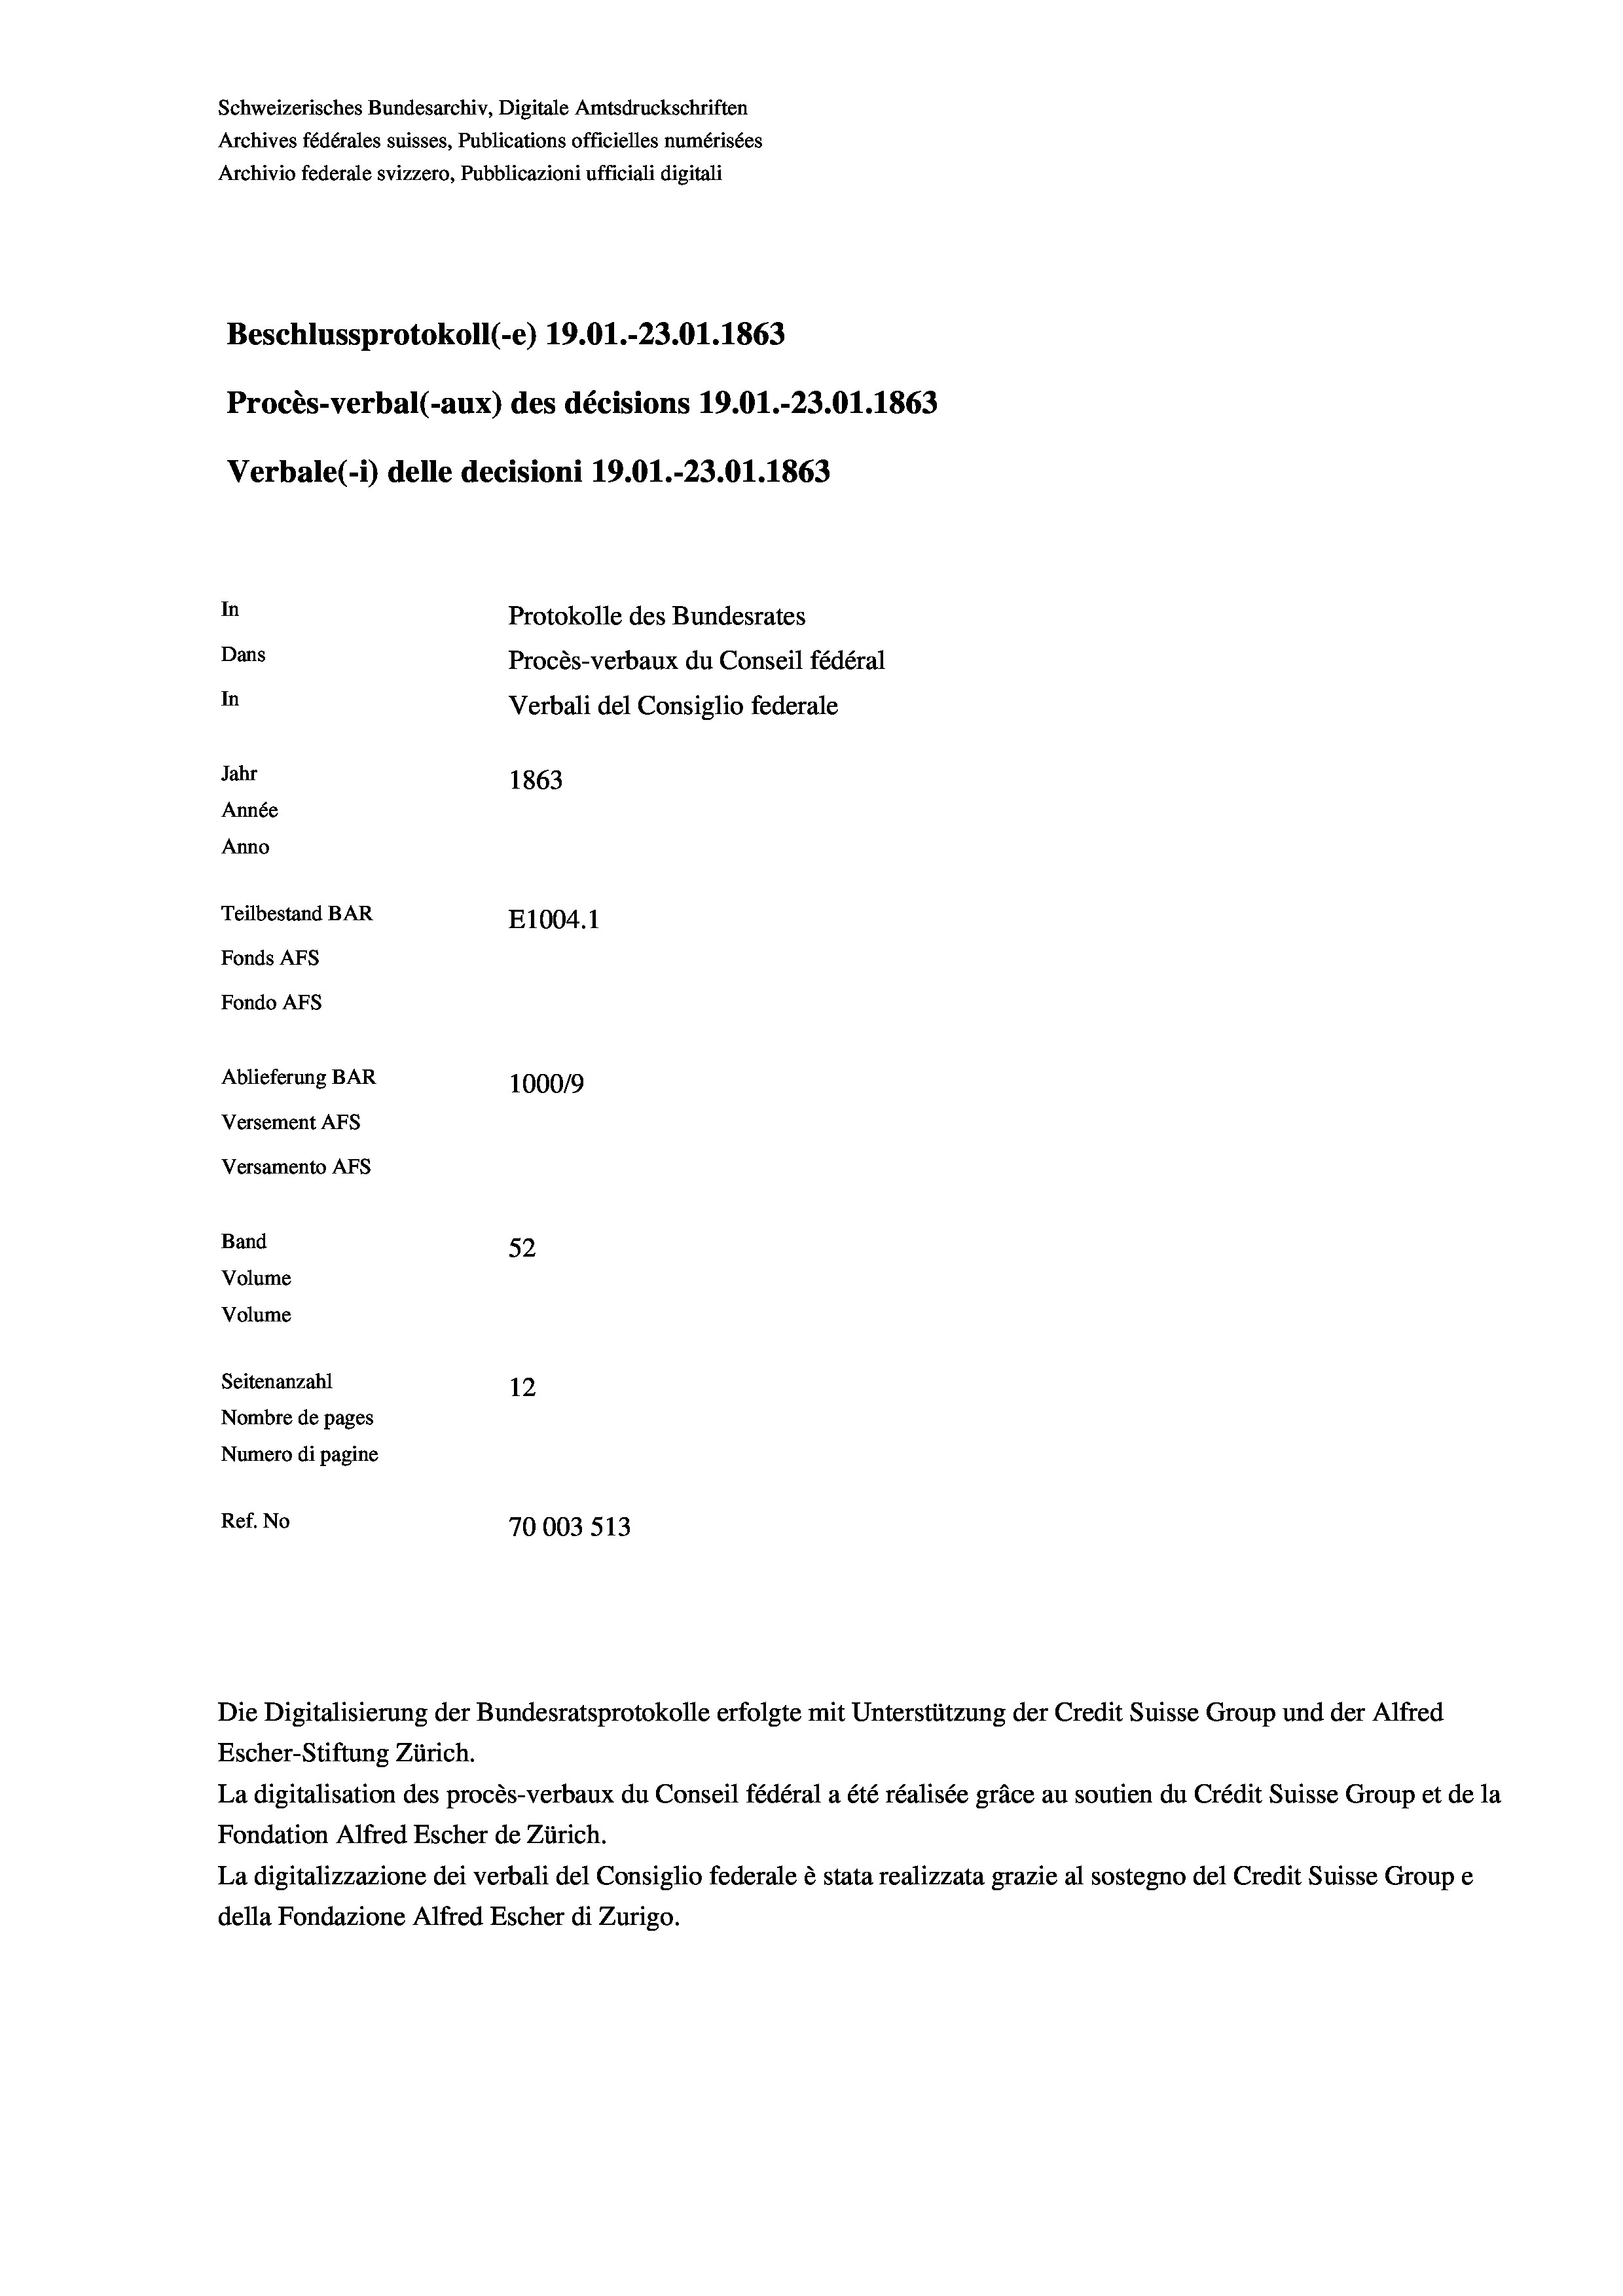
Schweizerisches Bundesarchiv, Digitale Amtsdruckschriften
Archives fédérales suisses, Publications officielles numérisées
Archivio federale svizzero, Pubblicazioni ufficiali digitali
Beschlussprotokoll (-e) 19.01.-23.01. 1863
Procès-verbal (-aux) des décisions 19.01.-23.01. 1863
Verbale (- 1) delle decisioni 19.01.-23.01. 1863
In
Protokolle des Bundesrates
Dans
Procès-verbaux du Conseil fédéral
In
Verbali del Consiglio federale
Jahr
1863
Année
Anno
Teilbestand BAR
E1004.1
Fonds AFs
Fondo AFS
Ablieferung BAR
1000/9
Versement AFs
Versamento AFs
Band
52
Volume
Volume
Seitenanzahl
12
Nombre de pages
Numero di pagine
Ref. No
70003 513

Escher-Stiftung Zürich.
La digitalisation des procès-verbaux du Conseil fédéral a été réalisée gräce au soutien du Crédit Suisse Group et de la
Fondation Alfred Escher de Zürich.
La digitalizzazione dei verbali del Consiglio federale è stata realizzata grazie al sostegno del Credit Suisse Groupe
della Fondazione Alfred Escher di Zurigo.

Die Digitalisierung der Bundesratsprotokolle erfolgte mit Unterstützung der Credit Suisse Group und der Alfred